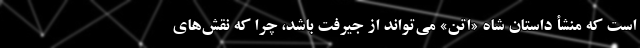
است که منشأ داستان شاه «اِتَنَ» می‌تواند از جیرفت باشد، چرا که نقش‌های